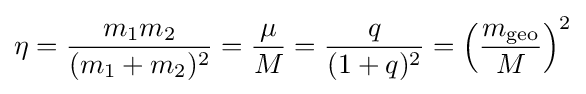
\eta ={\frac {m_{1}m_{2}}{(m_{1}+m_{2})^{2}}}={\frac {\mu }{M}}={\frac {q}{(1+q)^{2}}}=\left({\frac {m_{\rm {geo}}}{M}}\right)^{2}